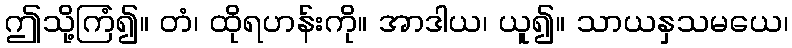
ဤသို့ကြံ၍။ တံ၊ ထိုရဟန်းကို။ အာဒါယ၊ ယူ၍။ သာယနှသမယေ၊